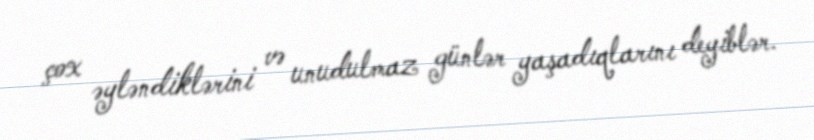
çox əyləndiklərini və unudulmaz günlər yaşadıqlarını deyiblər.